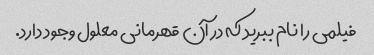
فیلمی را نام ببرید که در آن قهرمانی معلول وجود دارد.